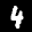
Label: 4